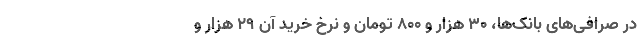
در صرافی‌های بانک‌ها، ۳۰ هزار و ۸۰۰ تومان و نرخ خرید آن ۲۹ هزار و